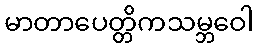
မာတာပေတ္တိကသမ္ဘဝေါ